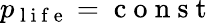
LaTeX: p_{\mathrm{~l~i~f~e~}}=\mathrm{~c~o~n~s~t~}